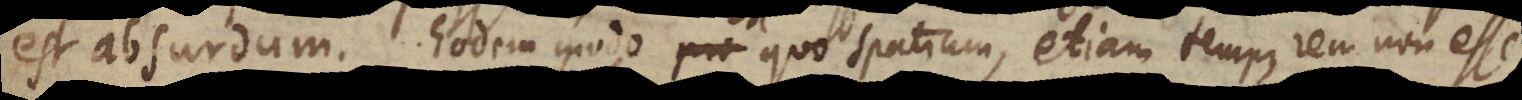
est absurdum. Eodem modo quo spatium, etiam tempus rem non esse